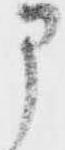
部